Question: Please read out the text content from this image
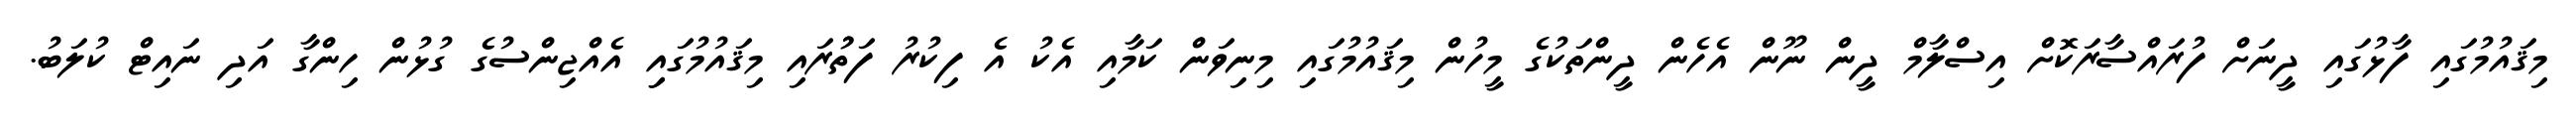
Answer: މިޤައުމުގައި ފާޅުގައި ދީނަށް ފުރައްސާރަކޮށް އިސްލާމް ދީން ނޫން އެހެން ދީންތަކުގެ މީހުން މިޤައުމުގައި މިނިވަން ކަމާއި އެކު އެ ފިކުރު ފަތުުރައި މިޤައުމުގައިި އެއްޖިންސުގެ ގުޅުން ހިންގާ އަދި ނައިޓް ކުލަބު.